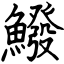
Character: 鱍